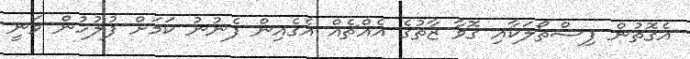
އެގޮތުން ފިސްތޯލަކާއި ގޮވާ ޒާތުގެ އެއްޗެއް އެގެއިން ފެނުނު ކަމަށް ފުލުހުން ވަނީ